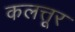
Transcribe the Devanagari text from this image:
कलत्तूर